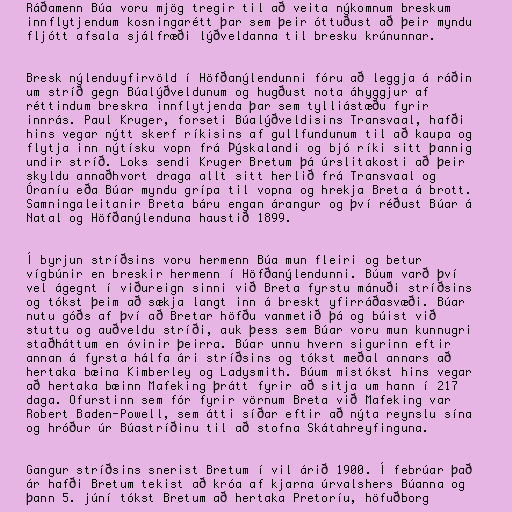
Ráðamenn Búa voru mjög tregir til að veita nýkomnum breskum
innflytjendum kosningarétt þar sem þeir óttuðust að þeir myndu
fljótt afsala sjálfræði lýðveldanna til bresku krúnunnar.

Bresk nýlenduyfirvöld í Höfðanýlendunni fóru að leggja á ráðin
um stríð gegn Búalýðveldunum og hugðust nota áhyggjur af
réttindum breskra innflytjenda þar sem tylliástæðu fyrir
innrás. Paul Kruger, forseti Búalýðveldisins Transvaal, hafði
hins vegar nýtt skerf ríkisins af gullfundunum til að kaupa og
flytja inn nýtísku vopn frá Þýskalandi og bjó ríki sitt þannig
undir stríð. Loks sendi Kruger Bretum þá úrslitakosti að þeir
skyldu annaðhvort draga allt sitt herlið frá Transvaal og
Óraníu eða Búar myndu grípa til vopna og hrekja Breta á brott.
Samningaleitanir Breta báru engan árangur og því réðust Búar á
Natal og Höfðanýlenduna haustið 1899.

Í byrjun stríðsins voru hermenn Búa mun fleiri og betur
vígbúnir en breskir hermenn í Höfðanýlendunni. Búum varð því
vel ágegnt í viðureign sinni við Breta fyrstu mánuði stríðsins
og tókst þeim að sækja langt inn á breskt yfirráðasvæði. Búar
nutu góðs af því að Bretar höfðu vanmetið þá og búist við
stuttu og auðveldu stríði, auk þess sem Búar voru mun kunnugri
staðháttum en óvinir þeirra. Búar unnu hvern sigurinn eftir
annan á fyrsta hálfa ári stríðsins og tókst meðal annars að
hertaka bæina Kimberley og Ladysmith. Búum mistókst hins vegar
að hertaka bæinn Mafeking þrátt fyrir að sitja um hann í 217
daga. Ofurstinn sem fór fyrir vörnum Breta við Mafeking var
Robert Baden-Powell, sem átti síðar eftir að nýta reynslu sína
og hróður úr Búastríðinu til að stofna Skátahreyfinguna.

Gangur stríðsins snerist Bretum í vil árið 1900. Í febrúar það
ár hafði Bretum tekist að króa af kjarna úrvalshers Búanna og
þann 5. júní tókst Bretum að hertaka Pretoríu, höfuðborg